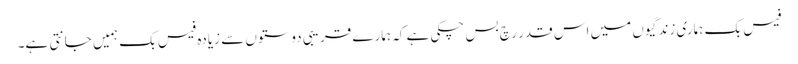
فیس بک ہماری زندگیوں میں اس قدر رچ بس چکی ہے کہ ہمارے قریبی دوستوں سے زیادہ فیس بک ہمیں جانتی ہے۔